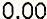
0.00